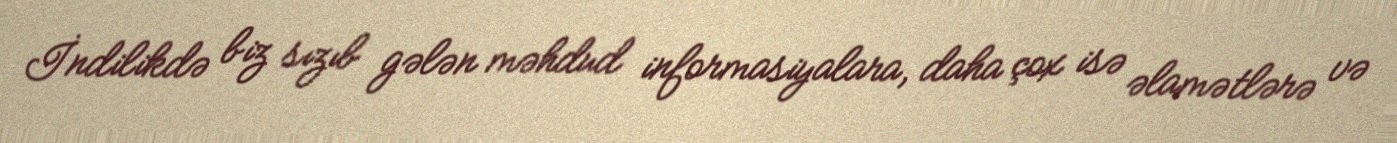
İndilikdə biz sızıb gələn məhdud informasiyalara, daha çox isə əlamətlərə və